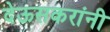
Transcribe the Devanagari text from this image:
देऊसकरांनी